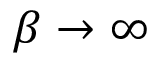
\beta \to \infty